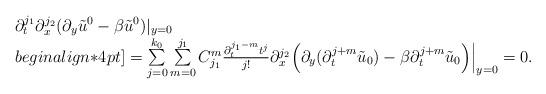
LaTeX: \begin{align*}\begin{array}{ll}\partial_{t}^{j_1}\partial_{x}^{j_2} (\partial_y \tilde{u}^0 - \beta \tilde{u}^0)|_{y=0} \\begin{align*}4pt]= \sum\limits_{j=0}^{k_0}\sum\limits_{m=0}^{j_1} C_{j_1}^m \frac{\partial_t^{j_1-m} t^j}{j!} \partial_{x}^{j_2}\Big(\partial_y(\partial_t^{j+m} \tilde{u}_0) - \beta \partial_t^{j+m} \tilde{u}_0 \Big)\Big|_{y=0} =0.\end{array}\end{align*}